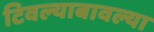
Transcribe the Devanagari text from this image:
टिवल्याबावल्या